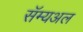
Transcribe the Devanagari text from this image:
सॅम्यअल